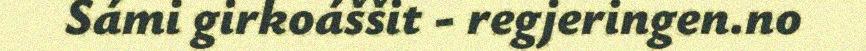
Sámi girkoáššit - regjeringen.no